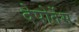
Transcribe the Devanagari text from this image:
देपोर्तेस